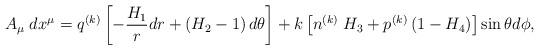
LaTeX: \begin{align*}A_{\mu}\;dx^{\mu}=q^{(k)}\left[-\frac{H_{1}}{r}dr+\left(H_{2}-1\right)d\theta\right]+k\left[n^{(k)}\;H_{3}+p^{(k)}\left(1-H_{4}\right)\right]\sin\theta d\phi,\end{align*}